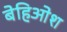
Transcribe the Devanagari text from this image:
बेहिओश